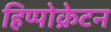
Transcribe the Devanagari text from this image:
हिप्पोक्रेटन